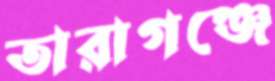
তারাগঞ্জে